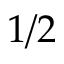
1 / 2